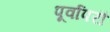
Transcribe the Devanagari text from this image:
पूर्वापरौ